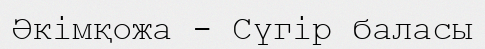
Әкімқожа - Сүгір баласы